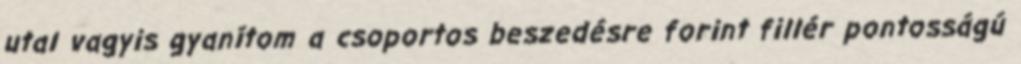
utal vagyis gyanítom a csoportos beszedésre forint fillér pontosságú